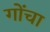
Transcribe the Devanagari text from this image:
गोंचा